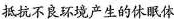
抵抗不良环境产生的休眠体